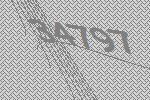
34797